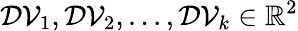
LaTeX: \mathcal{DV}_{1},\mathcal{DV}_{2},...,\mathcal{DV}_{k}\in\mathbb{R}^{2}